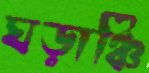
ঘড়াঞ্চি